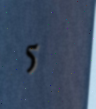
5